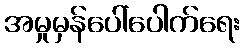
အမှုမှန်ပေါ်ပေါက်ရေး